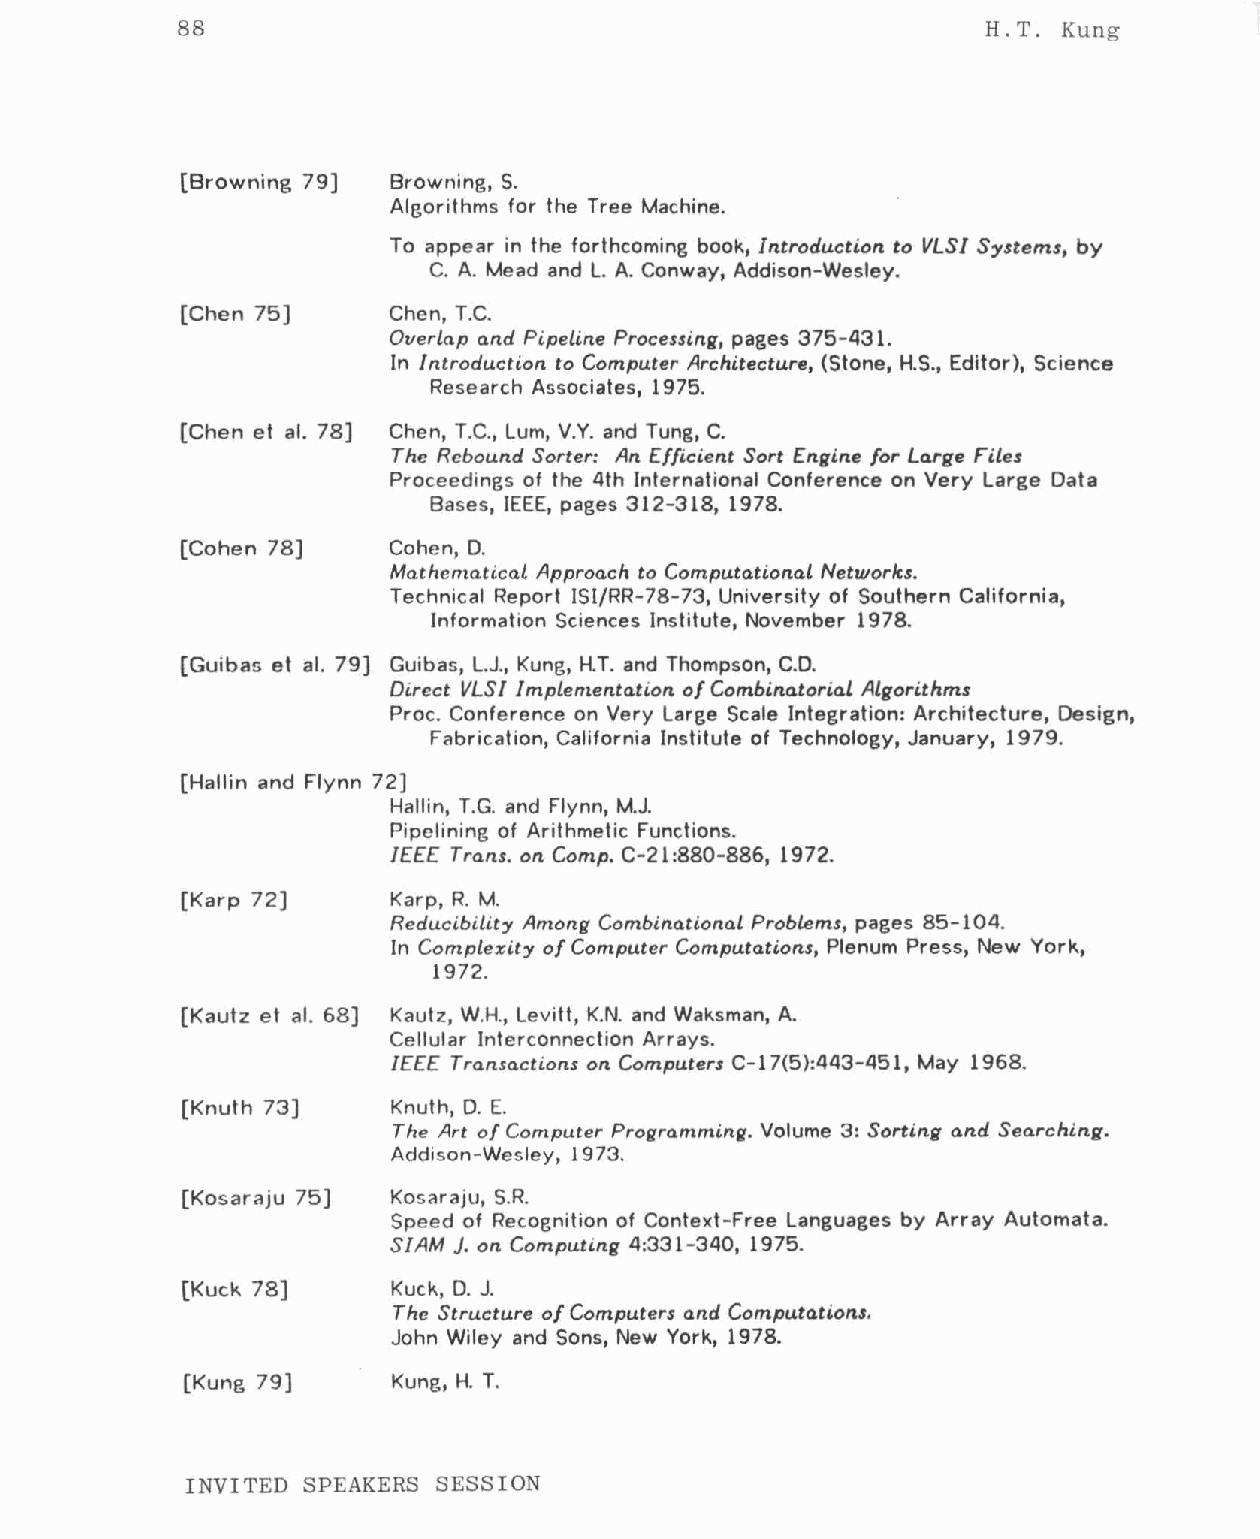
88                                                   H.T. Kung
 [Browning 79] Browning, S.
 Algorithms for the Tree Machine.
 To appear in the forthcoming book, Introduction to VLSI Systems, by
 C. A. Mead and L.A. Conway, Addison-Wesley.
 [Chen 75]     Chen, T.C.
 Overlap and Pipeline Processing, pages 375-431.
 In Introduction to Computer Architecture, (Stone, H.S., Editor), Science
 Research Associates, 1975.
 [Chen et al. 78) Chen, T.C., Lum, V.Y. and Tung, C.
 The Rebound Sorter: An Efficient Sort Engine for Large Files
 Proceedings of the 4th International Conference on Very Large Data
 Bases, IEEE, pages 312-318, 1978.
 [Cohen 78]    Cohen, D.
 Mathematical Approach to Computational Networks.
 Technical Report ISI/RR-78-73, University of Southern California,
 Information Sciences Institute, November 1978.
 [Guibas et al. 79] Guibas, L.J., Kung, H.T. and Thompson, C.D.
 Direct VLSI Implementation. of CombinatoriaL Algorithms
 Proc. Conference on Very Large Scale Integration: Architecture, Design,
 Fabrication, California Institute of Technology, January, 1979.
 (Hallin and Flynn 72)
 Hallin, T.G. and Flynn, M.J.
 Pipclining of Arithmetic Functions.
 I£££ Trans. on. Comp. C-21 :880-886, 1972.
 [Karp 72]     Karp, R. M.
 Reducibility Among Combinational Problems, pages 85-104.
 In Complexity of Computer Computations, Plenum Press, New York,
 1972.
 (Kautz et al. 68] Kautz, W.H., Levitt, K.N. and Waksman, A.
 Cellular Interconnection Arrays.
 I£££ Transactions on Computers C-17(5):443-451, May 1968.
 (Knuth 73)    Knuth, D. E.
 The Art of Computer Programming. Volume 3: Sorting and Searching.
 Addison-Wesley, 1973.
 [Kosaraju 75) Kosaraju, S.R.
 Speed of Recognition of Context-Free Languages by Array Automata.
 SIAM ). on. Computing 4:331-340, 1975.
 [Kuck 78)     Kuck, D. J.
 The Structure of Computers and Computations.
 John Wiley and Sons, New York, 1978.
 [Kung 79)     Kung, H. T.
 INVITED SPEAKERS SESSION